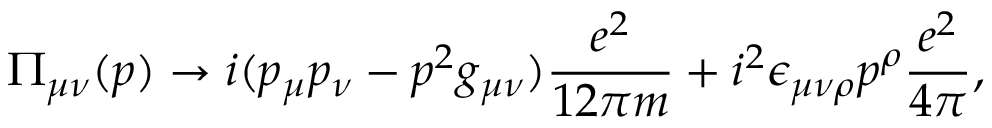
\Pi _ { \mu \nu } ( p ) \rightarrow i ( p _ { \mu } p _ { \nu } - p ^ { 2 } g _ { \mu \nu } ) \frac { e ^ { 2 } } { 1 2 \pi m } + i ^ { 2 } \epsilon _ { \mu \nu \rho } p ^ { \rho } \frac { e ^ { 2 } } { 4 \pi } ,